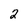
Character: 2